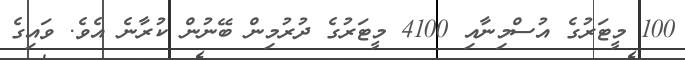
100 މީޓަރުގެ އުސްމިނާއި 4100 މީޓަރުގެ ދުރުމިން ބޭނުން ކުރާނެ އެވެ. ވައިގެ